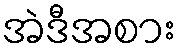
အဲဒီအစား